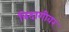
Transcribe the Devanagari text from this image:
बिदागीवर